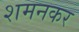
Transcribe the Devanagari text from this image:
शमनकर